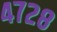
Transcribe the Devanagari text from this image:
४७२८